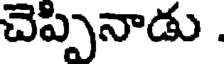
చెప్పినాడు .